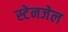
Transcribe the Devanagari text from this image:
स्टेनजेल